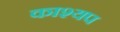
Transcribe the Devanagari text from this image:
काश्‍यप